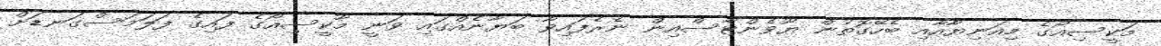
މަކީސިއޯގެ މިއަނިޔާއާއި ބެހޭގޮތުން ޔޫވެންޓާސްއިން ނެރެފައިވާ ބަޔާނެއްގައި ވަނީ މާކީސިއޯގެ ފައިގެ ފަލަމަސްގަނޑަށް